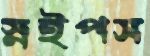
স্নইপস